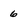
Character: 6